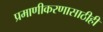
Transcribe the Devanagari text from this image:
प्रमाणीकरणासाठीही